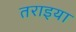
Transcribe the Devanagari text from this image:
तराइया